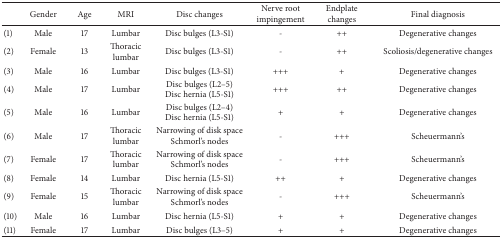
<table><thead><tr><td><b> </b></td><td><b>Gender</b></td><td><b>Age</b></td><td><b>MRI</b></td><td><b>Disc changes</b></td><td><b>Nerve root impingement</b></td><td><b>Endplate changes</b></td><td><b>Final diagnosis</b></td></tr></thead><tbody><tr><td>(1)</td><td>Male</td><td>17</td><td>Lumbar</td><td>Disc bulges (L3-S1)</td><td>-</td><td>++</td><td>Degenerative changes</td></tr><tr><td>(2)</td><td>Female</td><td>13</td><td>Thoraciclumbar</td><td>Disc bulges (L3-S1)</td><td>-</td><td>++</td><td>Scoliosis/degenerative changes</td></tr><tr><td>(3)</td><td>Male</td><td>16</td><td>Lumbar</td><td>Disc bulges (L3-S1)</td><td>+++</td><td>+</td><td>Degenerative changes</td></tr><tr><td>(4)</td><td>Male</td><td>17</td><td>Lumbar</td><td>Disc bulges (L2–5)Disc hernia (L5-S1)</td><td>+++</td><td>++</td><td>Degenerative changes</td></tr><tr><td>(5)</td><td>Male</td><td>16</td><td>Lumbar</td><td>Disc bulges (L2–4)Disc hernia (L5-S1)</td><td>+</td><td>+</td><td>Degenerative changes</td></tr><tr><td>(6)</td><td>Male</td><td>17</td><td>Thoraciclumbar</td><td>Narrowing of disk spaceSchmorl&#x27;s nodes</td><td>-</td><td>+++</td><td>Scheuermann&#x27;s</td></tr><tr><td>(7)</td><td>Female</td><td>17</td><td>Thoraciclumbar</td><td>Narrowing of disk spaceSchmorl&#x27;s nodes</td><td>-</td><td>+++</td><td>Scheuermann&#x27;s</td></tr><tr><td>(8)</td><td>Female</td><td>14</td><td>Lumbar</td><td>Disc hernia (L5-S1)</td><td>++</td><td>+</td><td>Degenerative changes</td></tr><tr><td>(9)</td><td>Female</td><td>15</td><td>Thoraciclumbar</td><td>Narrowing of disk spaceSchmorl&#x27;s nodes</td><td>-</td><td>+++</td><td>Scheuermann&#x27;s</td></tr><tr><td>(10)</td><td>Male</td><td>16</td><td>Lumbar</td><td>Disc hernia (L5-S1)</td><td>+</td><td>+</td><td>Degenerative changes</td></tr><tr><td>(11)</td><td>Female</td><td>17</td><td>Lumbar</td><td>Disc bulges (L3–5)</td><td>+</td><td>+</td><td>Degenerative changes</td></tr></tbody></table>